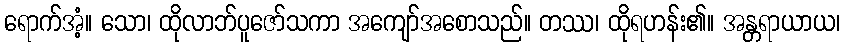
ရောက်အံ့။ သော၊ ထိုလာဘ်ပူဇော်သကာ အကျော်အစောသည်။ တဿ၊ ထိုရဟန်း၏။ အန္တရာယာယ၊